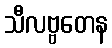
သီလဗ္ဗတေန